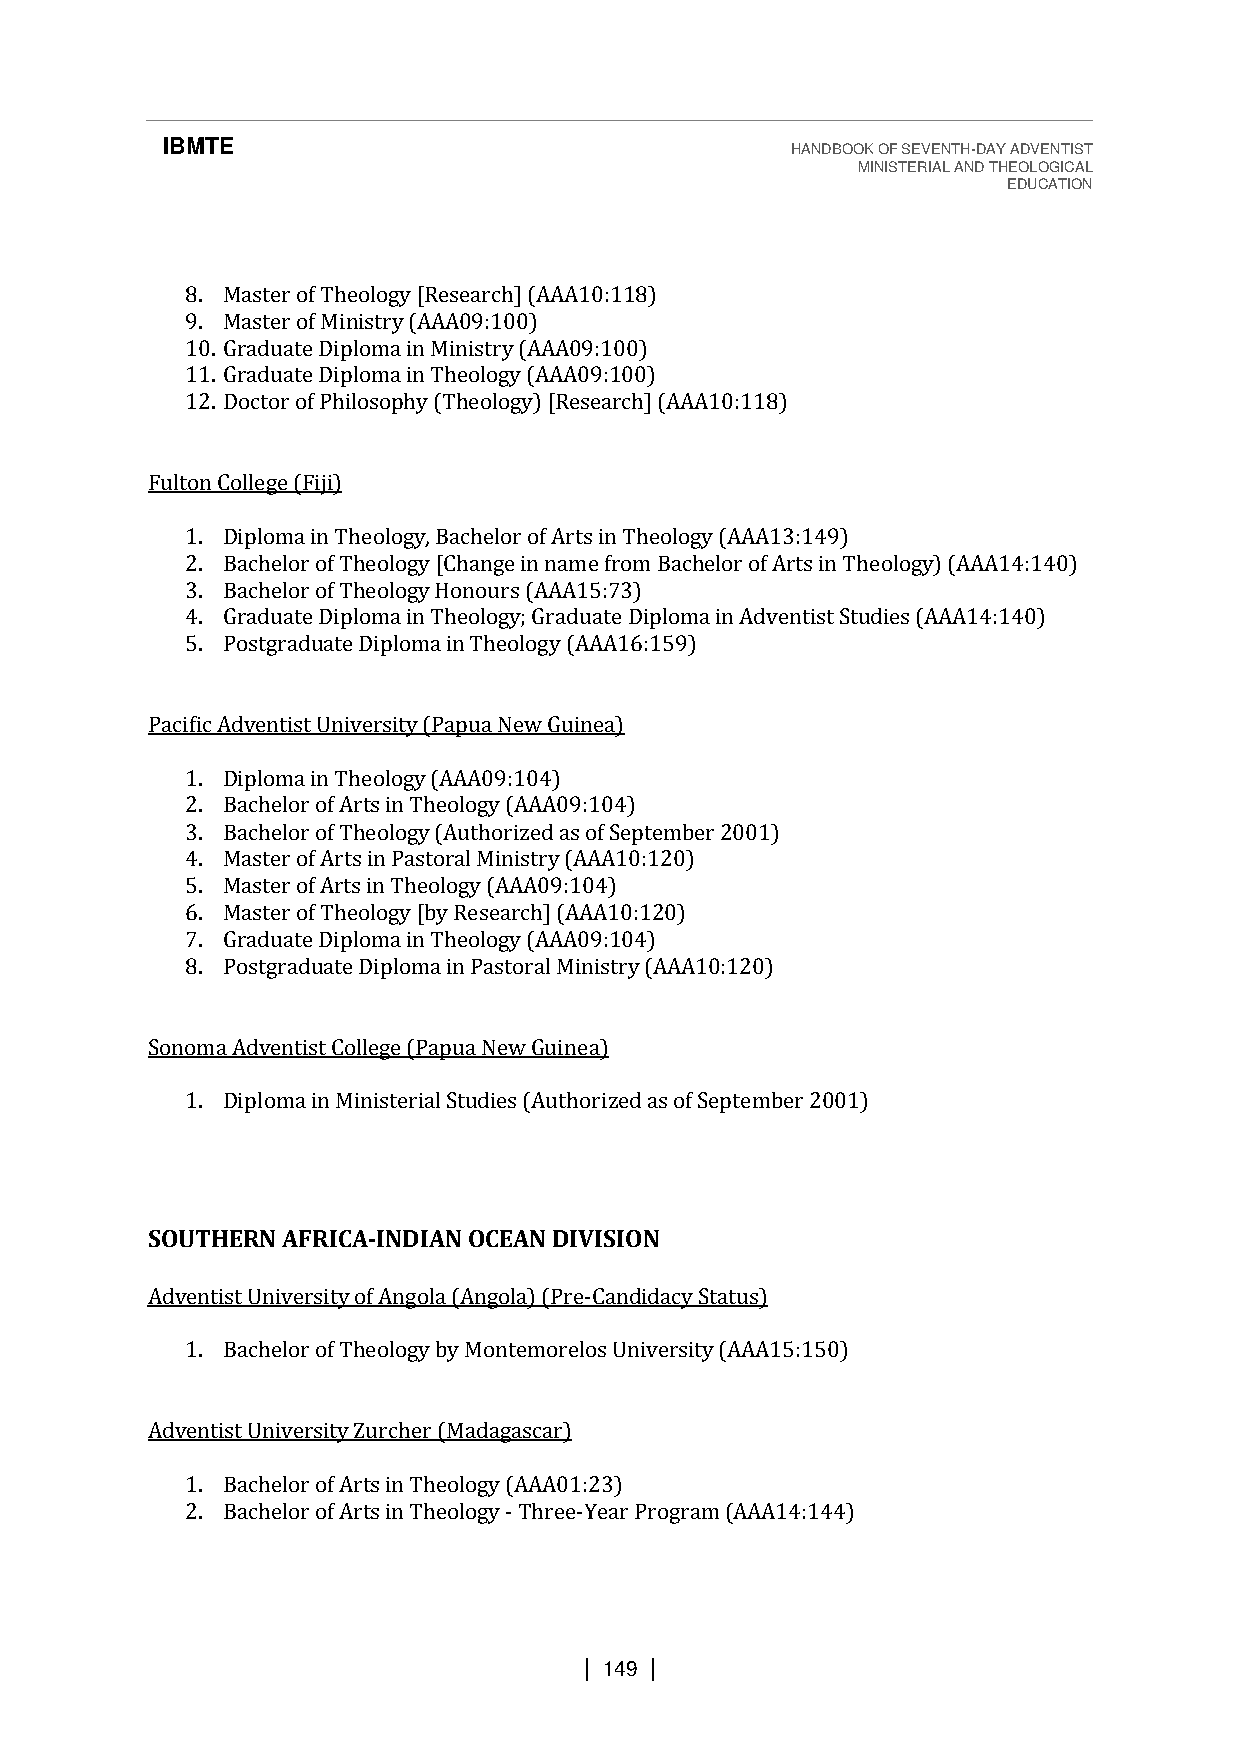
IBMTE                                    HANDBOOK OF SEVENTH-DAY ADVENTIST
 MINISTERIAL AND THEOLOGICAL
 EDUCATION
 8. Master of Theology [Research] (AAA10:118)
 9. Master of Ministry (AAA09:100)
 10. Graduate Diploma in Ministry (AAA09:100)
 11. Graduate Diploma in Theology (AAA09:100)
 12. Doctor of Philosophy (Theology) [Research] (AAA10:118)
 Fulton College (Fiji)
 1. Diploma in Theology, Bachelor of Arts in Theology (AAA13:149)
 2. Bachelor of Theology [Change in name from Bachelor of Arts in Theology) (AAA14:140)
 3. Bachelor of Theology Honours (AAA15:73)
 4. Graduate Diploma in Theology; Graduate Diploma in Adventist Studies (AAA14:140)
 5. Postgraduate Diploma in Theology (AAA16:159)
 Pacific Adventist University (Papua New Guinea)
 1. Diploma in Theology (AAA09:104)
 2. Bachelor of Arts in Theology (AAA09:104)
 3. Bachelor of Theology (Authorized as of September 2001)
 4. Master of Arts in Pastoral Ministry (AAA10:120)
 5. Master of Arts in Theology (AAA09:104)
 6. Master of Theology [by Research] (AAA10:120)
 7. Graduate Diploma in Theology (AAA09:104)
 8. Postgraduate Diploma in Pastoral Ministry (AAA10:120)
 Sonoma Adventist College (Papua New Guinea)
 1. Diploma in Ministerial Studies (Authorized as of September 2001)
 SOUTHERN AFRICA-INDIAN OCEAN DIVISION
 Adventist University of Angola (Angola) (Pre-Candidacy Status)
 1. Bachelor of Theology by Montemorelos University (AAA15:150)
 Adventist University Zurcher (Madagascar)
 1. Bachelor of Arts in Theology (AAA01:23)
 2. Bachelor of Arts in Theology - Three-Year Program (AAA14:144)
 | 149 |